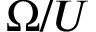
\Omega / U